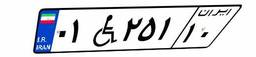
۵۷W۲۱۹۷۹